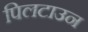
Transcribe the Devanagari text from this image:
पिलटाउन